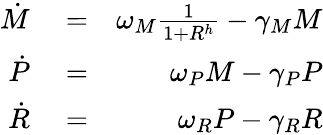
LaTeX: \begin{array}{rlr}{\dot{M}}&{{}=}&{\omega_{M}\frac{1}{1+R^{h}}-\gamma_{M}M}\\ {\dot{P}}&{{}=}&{\omega_{P}M-\gamma_{P}P}\\ {\dot{R}}&{{}=}&{\omega_{R}P-\gamma_{R}R}\end{array}